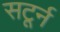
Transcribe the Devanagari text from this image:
सटूर्न